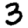
Digit: 3